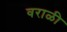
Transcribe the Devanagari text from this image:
वराळी